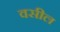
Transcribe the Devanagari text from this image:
वसील